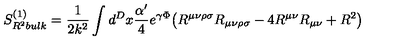
S _ { R ^ { 2 } b u l k } ^ { ( 1 ) } = \frac { 1 } { 2 k ^ { 2 } } \int d ^ { D } x \frac { \alpha ^ { \prime } } { 4 } e ^ { \gamma \Phi } \bigl ( R ^ { \mu \nu \rho \sigma } R _ { \mu \nu \rho \sigma } - 4 R ^ { \mu \nu } R _ { \mu \nu } + R ^ { 2 } \bigr )